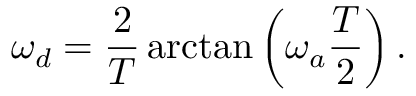
\omega _ { d } = { \frac { 2 } { T } } \arctan \left( \omega _ { a } { \frac { T } { 2 } } \right) .